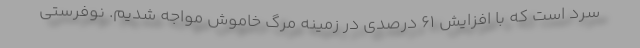
سرد است که با افزایش ۶١ درصدی در زمینه مرگ خاموش مواجه شدیم. نوفرستی